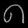
Digit: ၈